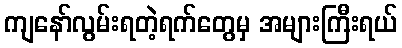
ကျနော်လွမ်းရတဲ့ရက်တွေမှ အများကြီးရယ်